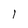
Character: l